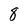
Character: 8